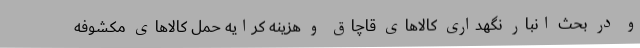
و در بحث انبار نگهداری کالاهای قاچاق و هزینه کرایه حمل کالاهای مکشوفه